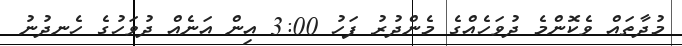
މުދާތައް ވެކޮންމެ ދުވަހެއްގެ މެންދުރު ފަހު 3:00 އިން އަނެއް ދުވަހުގެ ހެނދުނު